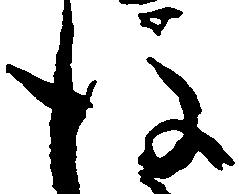
後